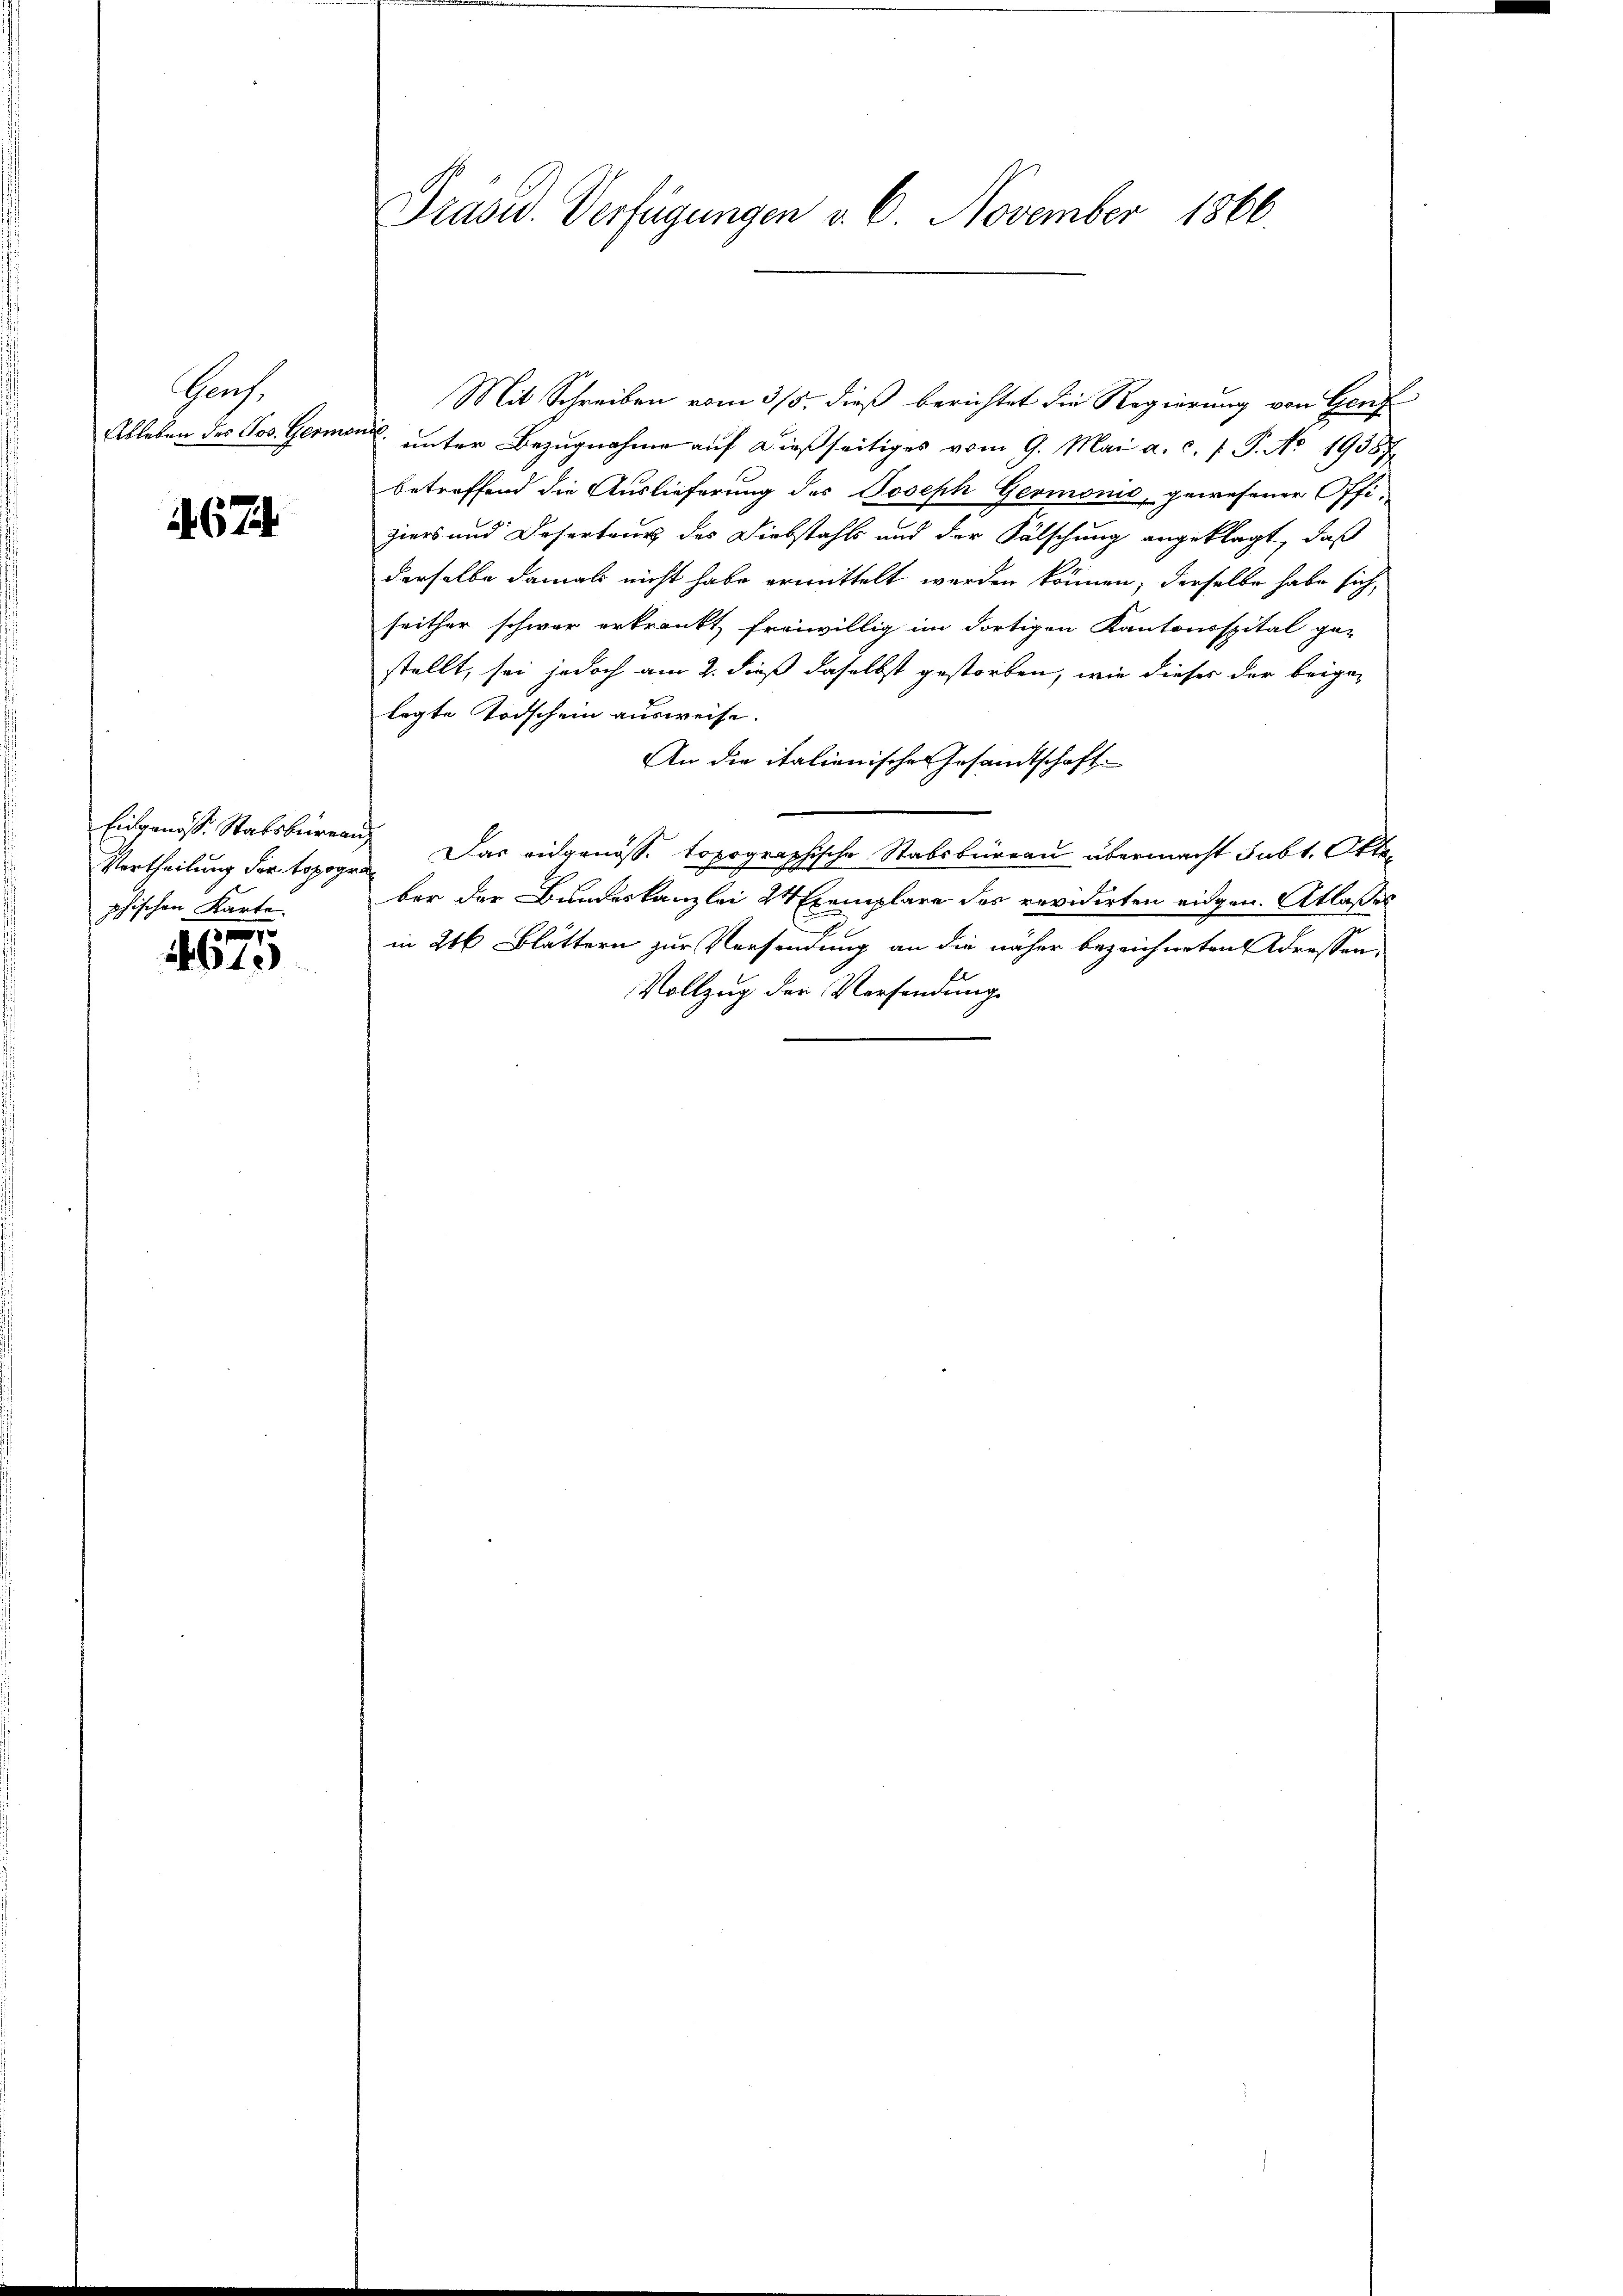
Prof.
Ableben des Jos. Germonie.

1467.

Eingenöss. Statsbürea
Vertheilung der topogr
phischen Karte.

1.)

Präsid. Verfügungen v. 6. November 1866

Mit Schreiben vom 3/5. dieß berichtet die Regierung von Genf
unter Bezugnahme auf dießseitiges vom 9. Mai a. c. f. P. Nr. 19387
betreffend die Auslieferung des Joseph Germonio, gewesener Offiziers und Deserteurs des Diebstahls und der Fälschung angeklagt, daß
derselbe damals nicht habe ermittelt werden können, derselbe habe sich,
seither schwer erkrankt, freiwillig im dortigen Kantonsspital ge-
stellt, sei jedoch am 2. dieß daselbst gestorben, wie dieses der beigelegte Todschein ausweise.
An die italienisches Gesandtschaft
 Das eidgenöss. topographische Stabsbureau übermacht subt. Okto¬
.
ber der Bundeskanzlei 24 Exemplare des revidirten eidgen. Atlasses
in 216 Blättern zur Versendung an die näher bezeichneten Adressen¬
Vollzug der Vorsendung